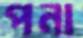
পনা